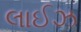
લાઈઝ